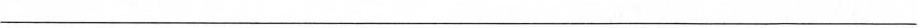
___